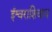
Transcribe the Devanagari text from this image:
ईश्वराशिवाय